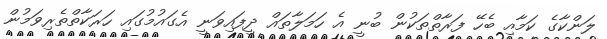
ލަންކާގެ ކަމާއި ބެހޭ ފަރާތްތަކުން ބުނީ އެ ހަމަލާތައް ދީފައިވަނީ އެގައުމުގައި ހަރަކާތްތެރިވަމުން